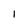
Character: I